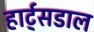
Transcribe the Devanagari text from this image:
हार्ट्‌सडाल